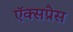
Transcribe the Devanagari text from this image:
ऍक्सप्रैस